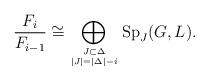
LaTeX: \begin{align*}\frac{F_i}{F_{i-1}}\cong\bigoplus_{J\subset\Delta\atop|J|=|\Delta|-i}{\rm Sp}_J(G,L).\end{align*}